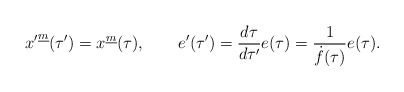
\begin{align*}{x'}^{\underline m}(\tau')=x^{\underline m}(\tau), \qquad e'(\tau')={d\tau\over{d\tau'}}e(\tau)={1\over{\dot f(\tau)}}e(\tau).\end{align*}